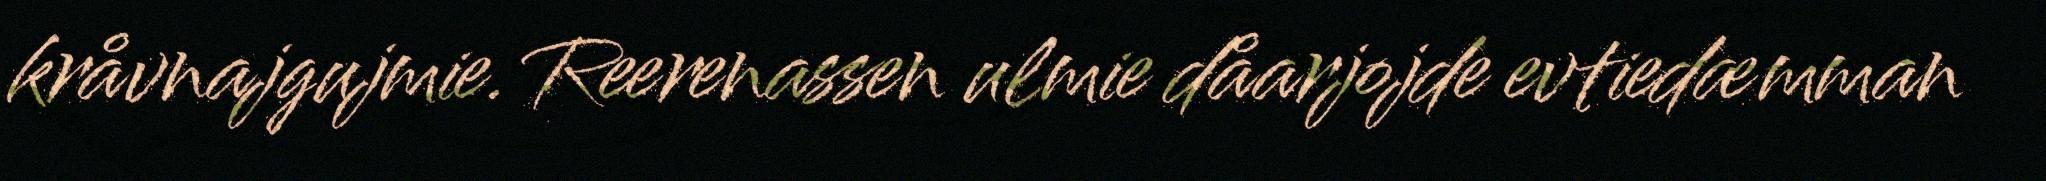
kråvnajgujmie. Reerenassen ulmie dåarjojde evtiedæmman